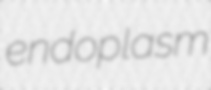
endoplasm